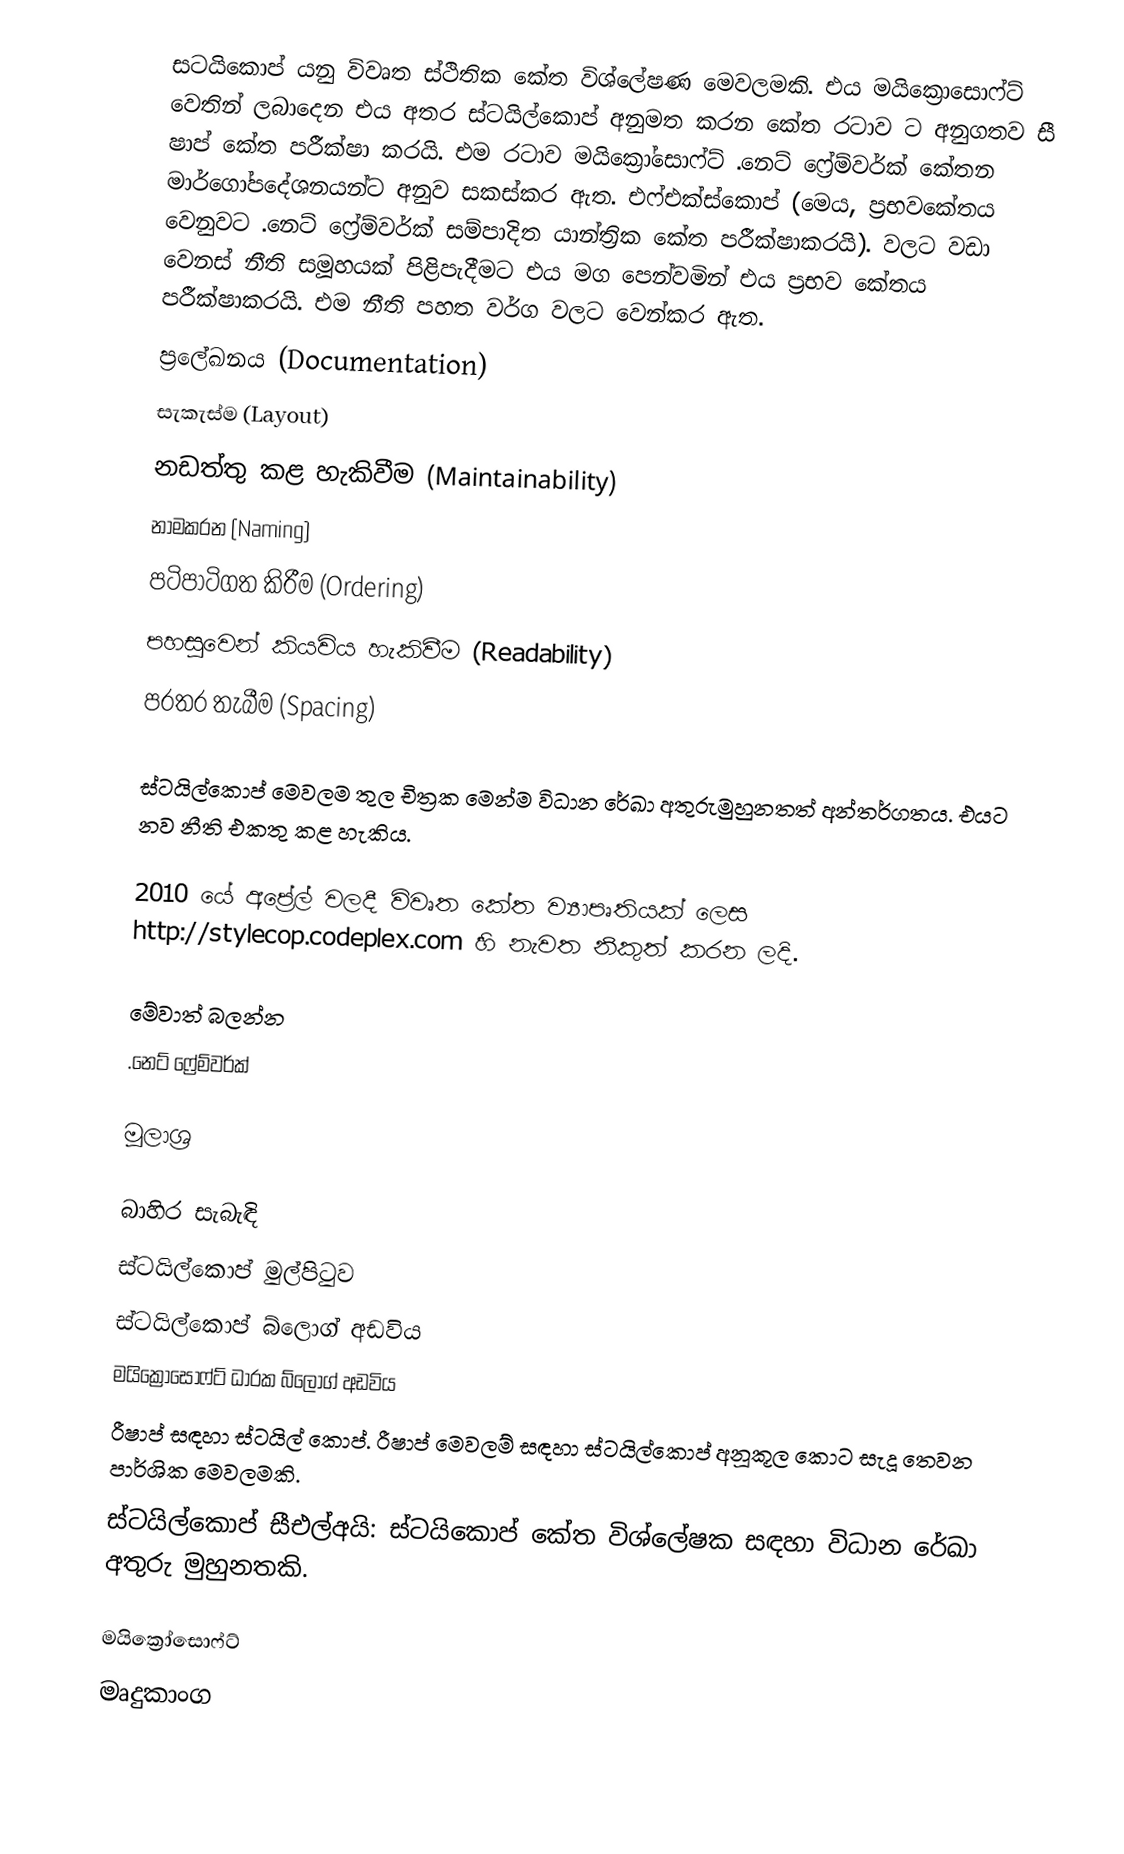
සටයිකොප් යනු විවෘත ස්ථිතික කේත විශ්ලේෂණ මෙවලමකි. එය මයික්‍රොසොෆ්ට් වෙතින් ලබාදෙන එය අතර ස්ටයිල්කොප් අනුමත කරන කේත රටාව ට අනුගතව සී ෂාප් කේත පරීක්ෂා කරයි. එම රටාව මයික්‍රෝසොෆ්ට් .නෙට් ෆ්‍රේම්වර්ක් කේතන මාර්ගෝපදේශනයන්ට අනුව සකස්කර ඇත. එෆ්එක්ස්කොප්  (මෙය, ප්‍රභවකේතය වෙනුවට .නෙට් ෆ්‍රේම්වර්ක් සම්පාදිත යාන්ත්‍රික කේත පරීක්ෂාකරයි). වලට වඩා වෙනස් නීති සමූහයක් පිළිපැදීමට එය මග පෙන්වමින් එය ප්‍රභව කේතය පරීක්ෂාකරයි. එම නීති පහත වර්ග වලට වෙන්කර ඇත.
 ප්‍රලේඛනය (Documentation)
 සැකැස්ම (Layout)
 නඩත්තු කළ හැකිවීම (Maintainability)
 නාමකරන (Naming)
 පටිපාටිගත කිරීම (Ordering)
 පහසුවෙන් කියවිය හැකිවීම (Readability)
 පරතර තැබීම (Spacing)

ස්ටයිල්කොප් මෙවලම තුල චිත්‍රක මෙන්ම විධාන රේඛා අතුරුමුහුනතත් අන්තර්ගතය. එයට නව නීති එකතු කළ හැකිය.

2010 යේ අප්‍රේල් වලදී විවෘත කේත ව්‍යාපෘතියක් ලෙස http://stylecop.codeplex.com හි නැවත නිකුත් කරන ලදි.

මේවාත් බලන්න
.නෙට් ෆ්‍රේම්වර්ක්

මූලාශ්‍ර

බාහිර සැබැඳි
ස්ටයිල්කොප් මුල්පිටුව
ස්ටයිල්කොප් බ්ලොග් අඩවිය
මයික්‍රොසොෆ්ට් ධාරක බ්ලොග් අඩවිය
රීෂාප් සඳහා ස්ටයිල් කොප්. රීෂාප් මෙවලම් සඳහා ස්ටයිල්කොප් අනූකූල කොට සැදූ තෙවන පාර්ශික මෙවලමකි.
ස්ටයිල්කොප් සීඑල්අයි: ස්ටයිකොප් කේත විශ්ලේෂක සඳහා විධාන රේඛා අතුරු මුහුනතකි.

මයික්‍රෝසොෆ්ට්
මෘදුකාංග